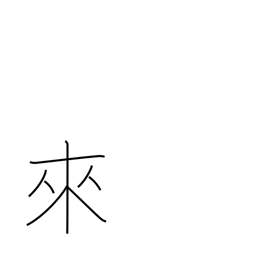
Meaning: come